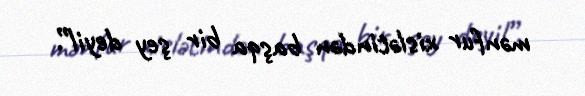
mənfur xislətindən başqa bir şey deyil”.